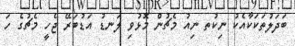
ބަދަލުތަކަކާއެކު ނިކުތ ނިއު މެޗުން މޮޅުވި ލަނޑު އަޑުބަރޭ ޖެހީ މެޗުގެ ހަ